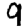
Digit: 9